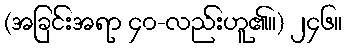
(အခြင်းအရာ ၄၀-လည်းဟူ၏။) ၂၄၆။